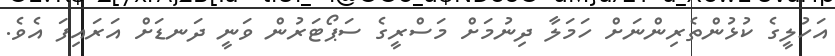
އަހުލީގެ ކުޅުންތެރިންނަށް ހަމަލާ ދިނުމަށް މަސްރީގެ ސަޕޯޓަރުން ވަނީ ދަނޑަށް އަރައިފަ އެވެ.